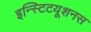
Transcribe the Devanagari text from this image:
इन्स्टिटयूशनस